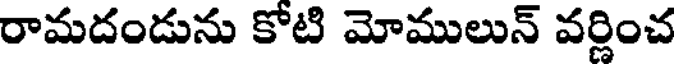
రామదండును కోటి మోములున్ వర్ణించ